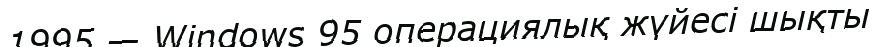
1995 — Windows 95 операциялық жүйесі шықты